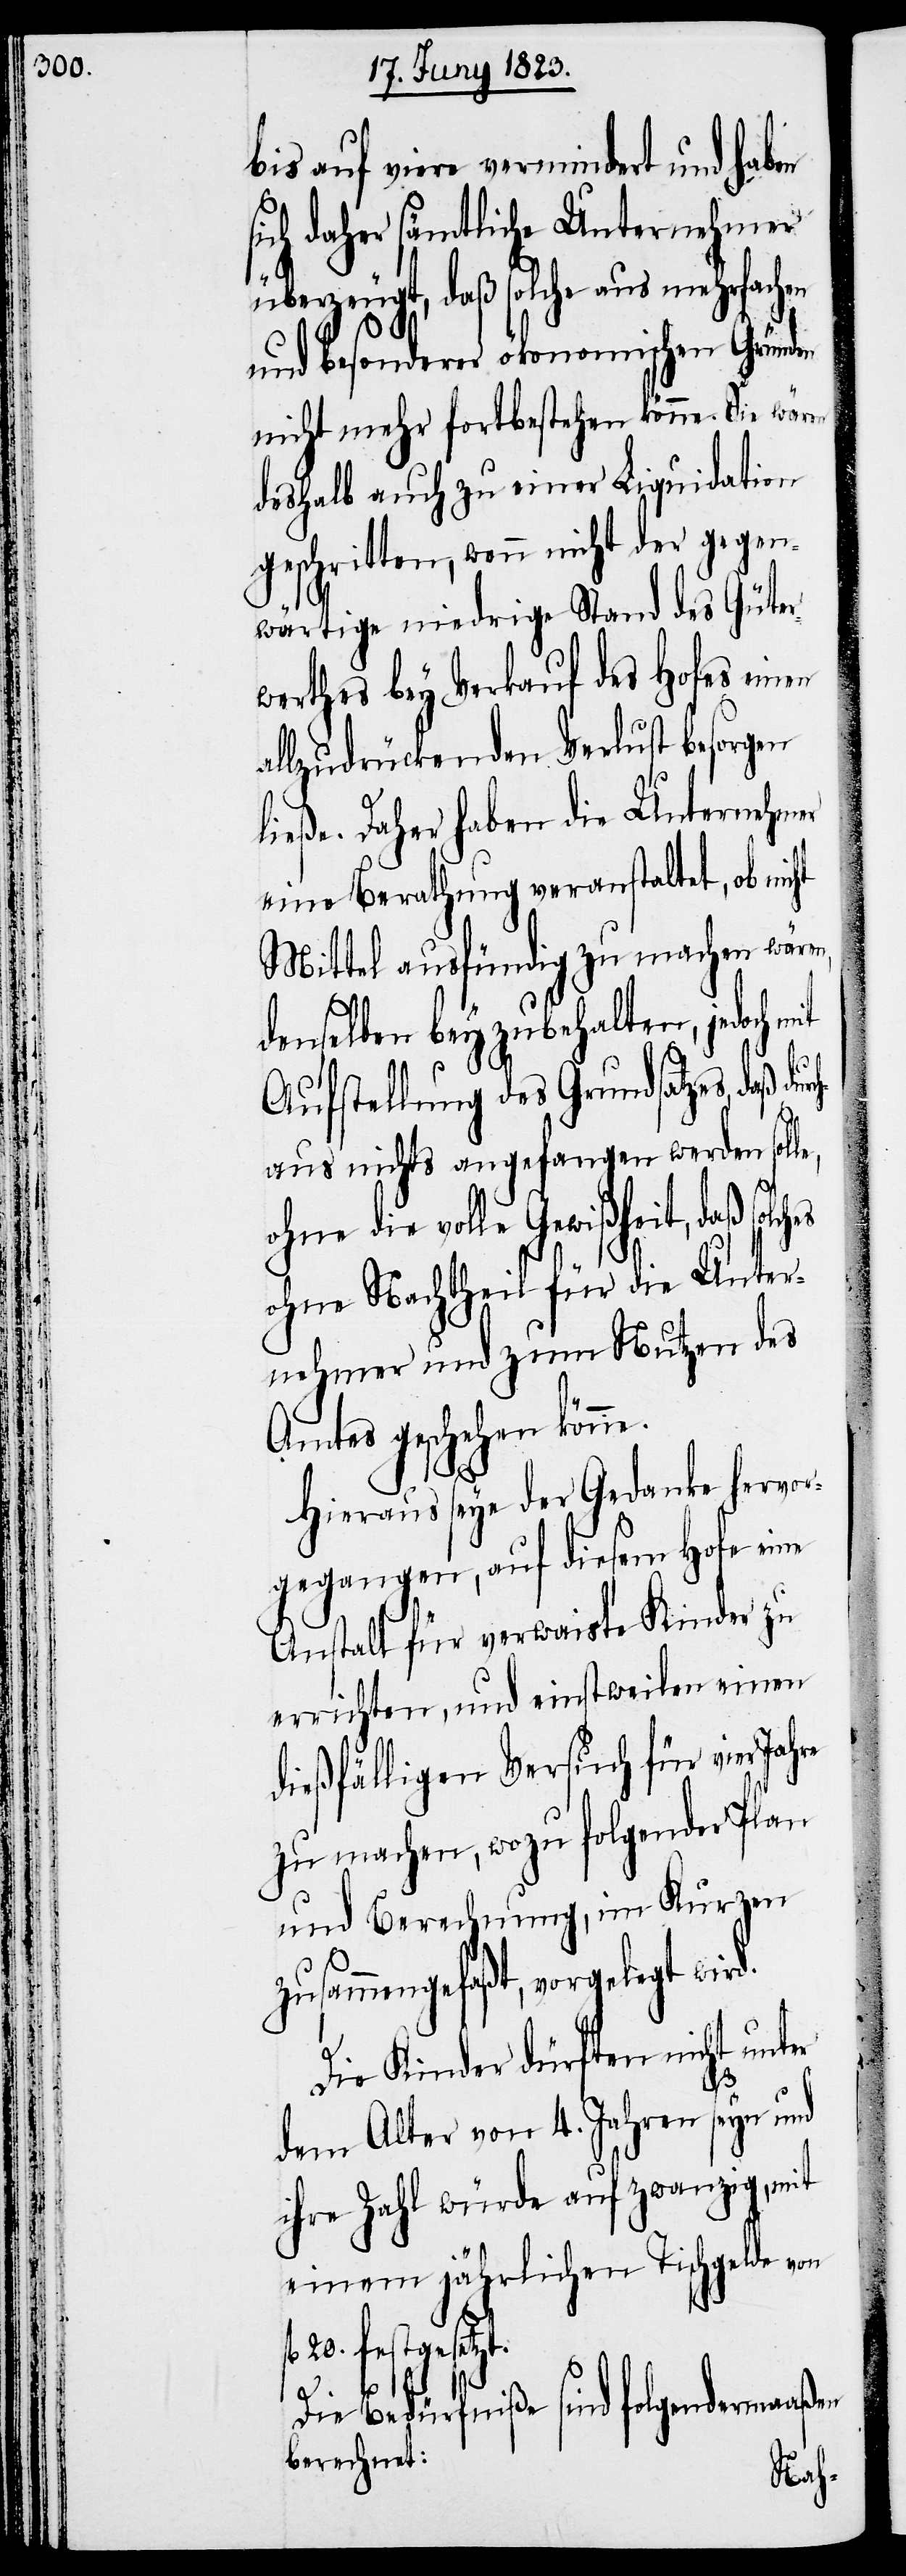
bis auf viere vermindert und haben
sich daher sämtliche Unternehmer
überzeugt, daß solche aus mehrfachen
und besonderer ökonomischen Gründen
nicht mehr fortbestehen könne. Sie wären
deshalb auch zu einer Liquidation
geschritten, wenn nicht der gegen¬
wärtige niedrige Stand des Güter¬
werthes bey Verkauf des Hofes einen
allzudrückenden Verlust besorgen
ließe. Daher haben die Unternehmer
eine Berathung veranstaltet, ob nicht
Mittel ausfündig zu machen wären,
denselben beyzubehalten, jedoch m¬
it
Aufstellung des Grundsatzes, daß durc¬
haus nichts angefangen werden sol¬
ohne die volle Gewißheit, daß solches
ohne Nachtheil für die Unter¬
nehmer und zum Nutzen des
Amtes geschehen könne.
Hieraus seye der Gedanke hervor¬
gegangen, auf diesem Hofe eine
Anstalt für verwaiste Kinder zu
errichten, und einstweilen einen
dießfälligen Versuch für vier
zu machen, wozu folgender Plan
und Berechnung, im Kurzen
zusammengefaßt, vorgelegt wird.
Die Kinder dürften nicht unter
le,
dem Alter von 4. Jahren seyn und
ihre Zahl würde auf zwanzig, mit
einem jährlichen Tischgelde
fl. 20. festgesetzt.
Die Bedürfniße sind folgendermaaßen
berechnet: